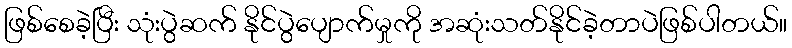
ဖြစ်စေခဲ့ပြီး သုံးပွဲဆက် နိုင်ပွဲပျောက်မှုကို အဆုံးသတ်နိုင်ခဲ့တာပဲဖြစ်ပါတယ်။